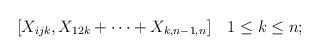
\begin{align*}[X_{ijk}, X_{12k} + \dots + X_{k,n-1,n}] \quad 1 \le k \le n;\end{align*}